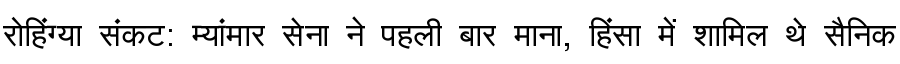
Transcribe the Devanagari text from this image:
रोहिंग्या संकट: म्यांमार सेना ने पहली बार माना, हिंसा में शामिल थे सैनिक